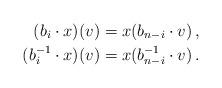
LaTeX: \begin{align*} (b_i \cdot x) (v) &= x (b_{n-i} \cdot v) \, , \\ (b_i^{-1} \cdot x) (v) &= x (b_{n-i}^{-1} \cdot v) \, . \end{align*}